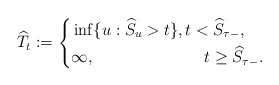
\begin{align*}\widehat{T}_t:=\left\lbrace\begin{aligned}&\inf\{u: \widehat{S}_u>t\},t<\widehat{S}_{\tau-},\\&\infty,\qquad\qquad\qquad\;\;\, t\geq \widehat{S}_{\tau-}. \end{aligned}\right.\end{align*}